画像に写った文字を読んでください
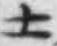
「土」と書いてあります